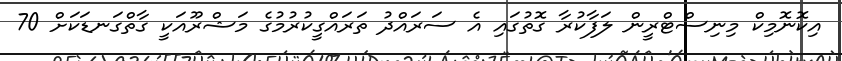
އިކޮނޮމިކް މިނިސްޓްރީން ލަފާކުރާ ގޮތުގައި އެ ސަރައްދު ތަރައްގީކުރުމުގެ މަޝްރޫއަކީ ގާތްގަނޑަކަށް 70